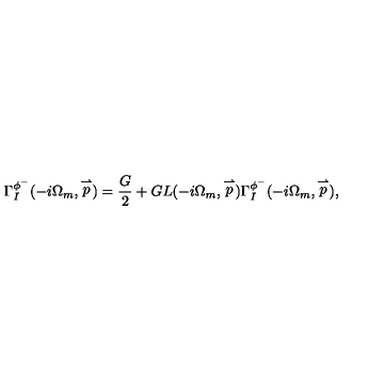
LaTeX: \Gamma _ { I } ^ { \phi ^ { - } } ( - i \Omega _ { m } , \stackrel { \rightharpoonup } { p } ) = \frac { G } { 2 } + G L ( - i \Omega _ { m } , \stackrel { \rightharpoonup } { p } ) \Gamma _ { I } ^ { \phi ^ { - } } ( - i \Omega _ { m } , \stackrel { \rightharpoonup } { p } ) ,